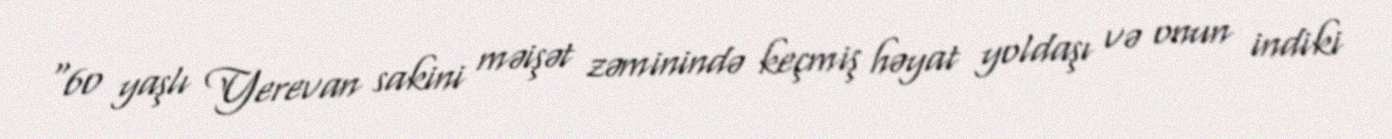
“60 yaşlı Yerevan sakini məişət zəminində keçmiş həyat yoldaşı və onun indiki